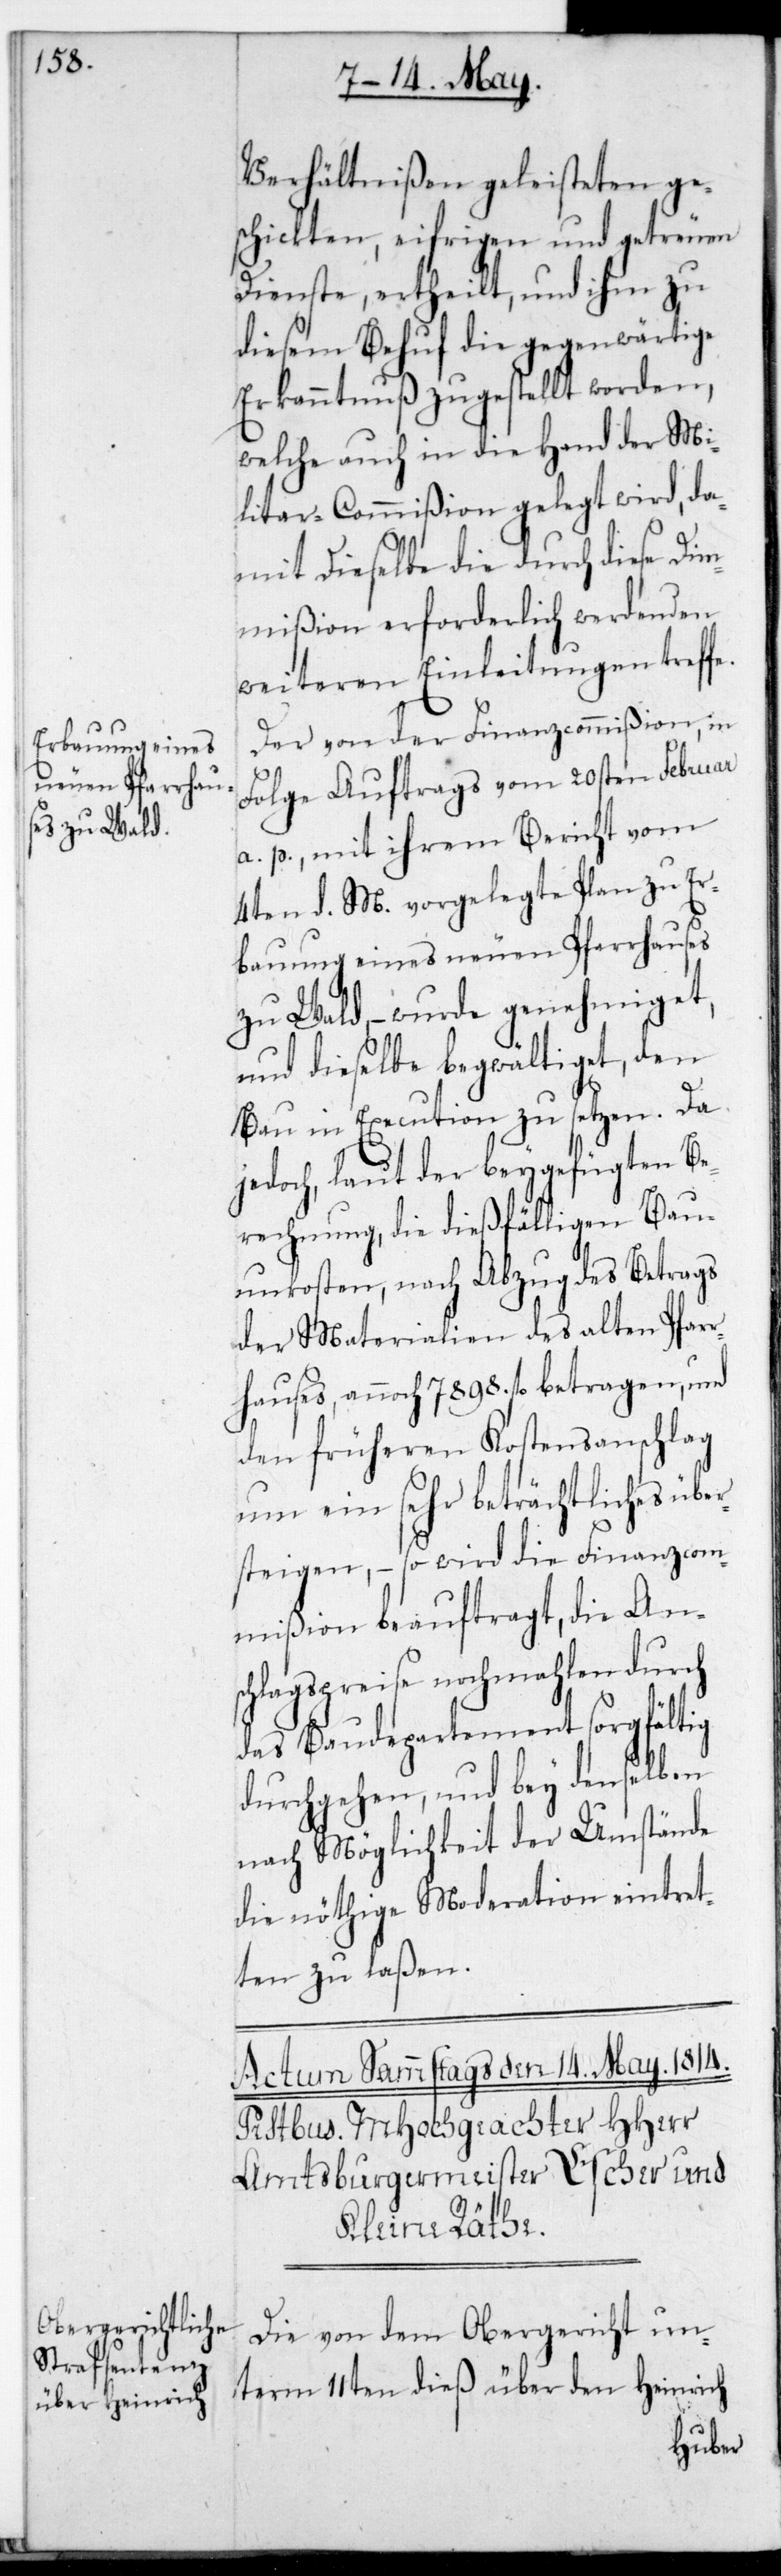
Verhältnißen geleisteten ge¬
schickten, eifrigen und getreuen
Dienste, ertheilt, und ihm zu
diesem Behuf die gegenwärtige
Erkanntnuß zugestellt worden,
welche auch in die Hand der Mi¬
litar-Commißion gelegt wird, da¬
mit dieselbe die durch diese Dim¬
mißion erforderlich werdenden
weiteren Einleitungen treffe.
Der von der Finanzcommißion, in
Folge Auftrags vom 20sten Februar
a. p. mit ihrem Bericht vom
4ten d. M. vorgelegte Plan zu Er¬
bauung eines neuen Pfarrhauses
zu Wald, – wurde genehmiget,
und dieselbe begwältiget, den
Bau in Execution zu setzen. Da
jedoch, laut der beygefügten Be¬
rechnung, die dießfälligen Bau¬
unkosten, nach Abzug des Betrags
der Materialien des alten Pfarr¬
hauses, annoch 7898. fl. betragen, und
den früheren Kostensanschlag
um ein sehr beträchtliches über¬
steigen, – so wird die Finanzcom¬
mißion beauftragt, die An¬
schlagspreise nochmalen durch
das Baudepartement sorgfältig
durchgehen, und bey denselben
nach Möglichkeit der Umstände
die nöthige Moderation eintret¬
ten zu laßen.
Die von dem Obergericht unterm
über